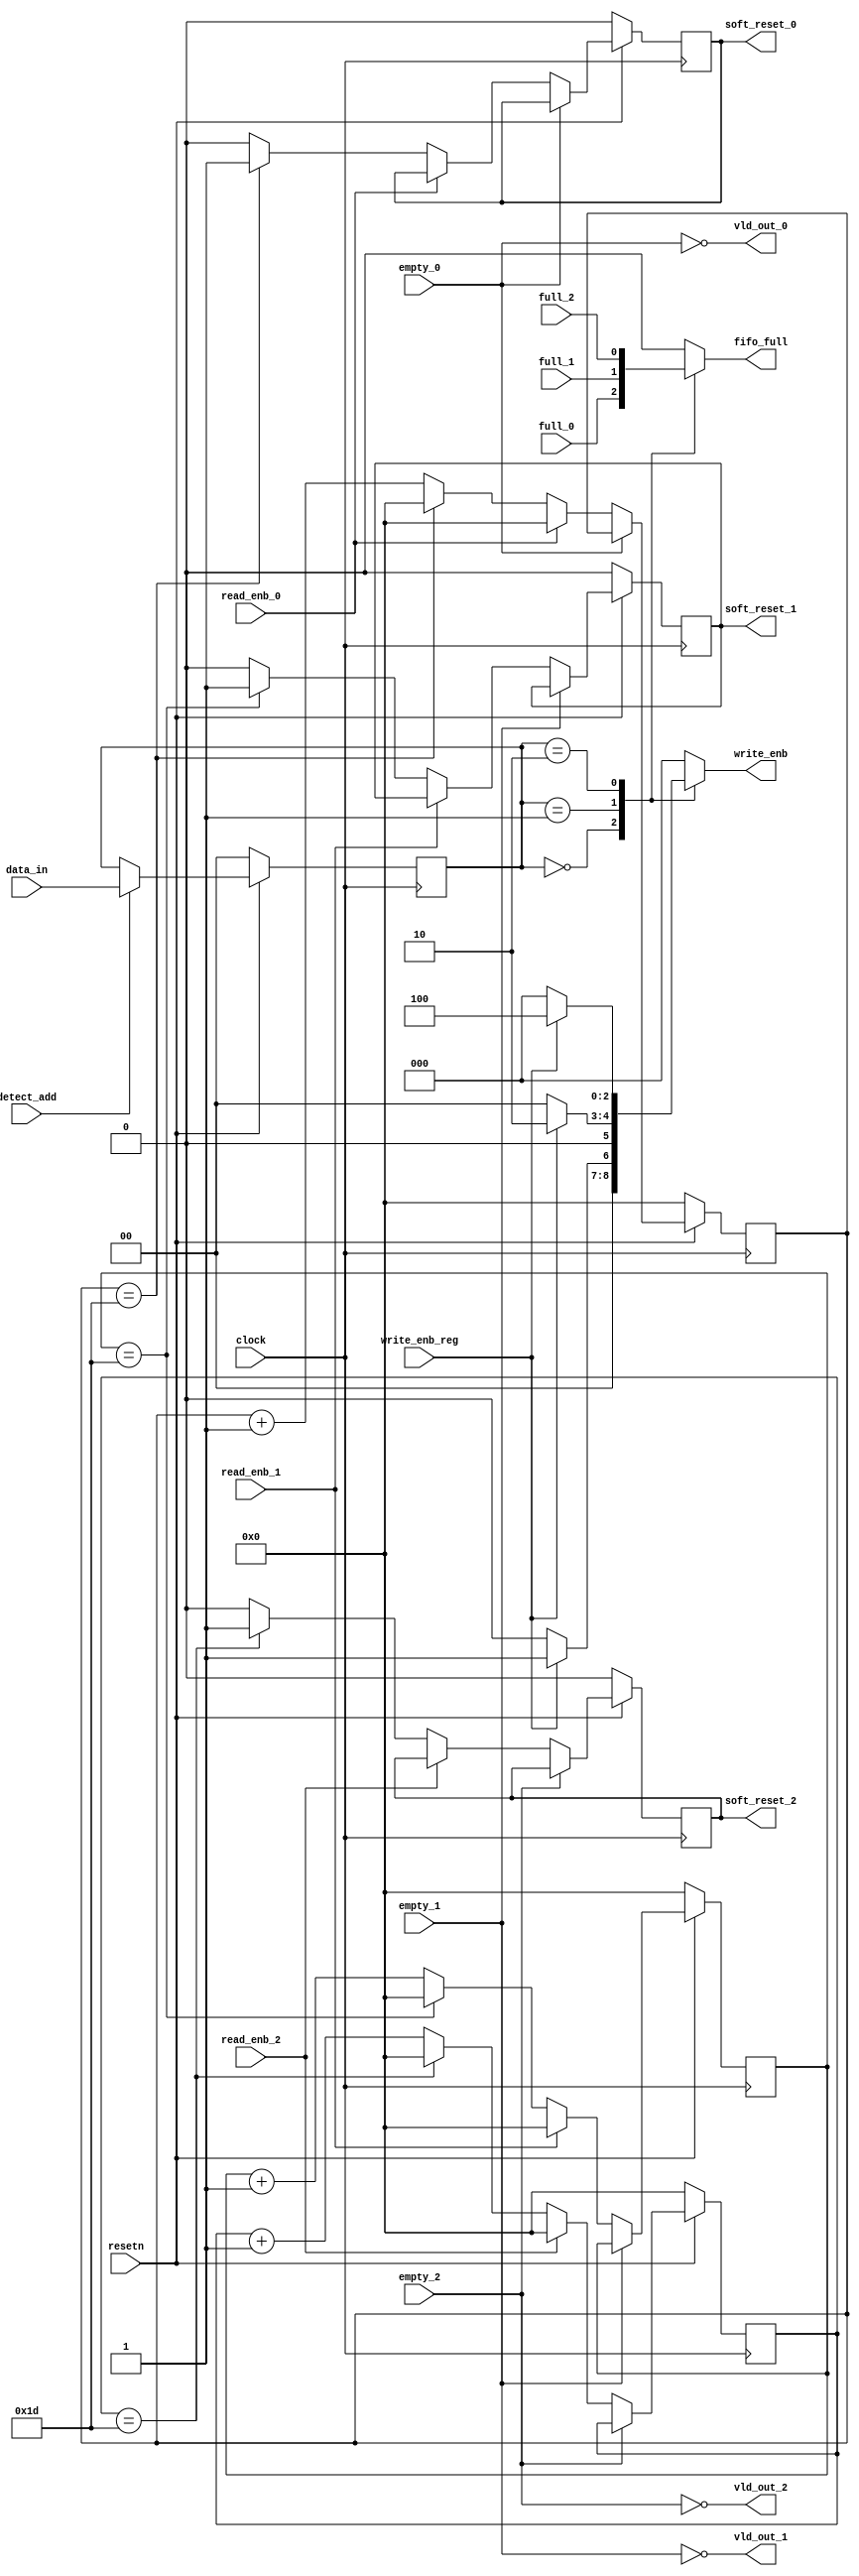
//-------------------------------------Synchronizer------------------------------------

module router_sync(clock,resetn,data_in,detect_add,full_0,full_1,full_2,empty_0,empty_1,empty_2,write_enb_reg,read_enb_0,read_enb_1,read_enb_2,write_enb,fifo_full,vld_out_0,vld_out_1,vld_out_2,soft_reset_0,soft_reset_1,soft_reset_2);

//-----------------------------------Port Declarations---------------------------------

input clock,resetn,detect_add,full_0,full_1,full_2,empty_0,empty_1,empty_2,write_enb_reg,read_enb_0,read_enb_1,read_enb_2;
input [1:0]data_in;
output reg[2:0]write_enb;
output reg fifo_full,soft_reset_0,soft_reset_1,soft_reset_2;
output vld_out_0,vld_out_1,vld_out_2;
reg [1:0]data_in_tmp;
reg[4:0]count0,count1,count2;

//------------------------------------Address Enable Block-----------------------------

always@(posedge clock)
  begin
    if(~resetn)
    data_in_tmp<=0;
    else if(detect_add)
    data_in_tmp<=data_in;
  end

//----------------------------------Write Enable/FSM Fifo full-------------------------

always@(*)
  begin
    case(data_in_tmp)
    2'b00:begin
	  fifo_full<=full_0;
	  if(write_enb_reg)
	  write_enb<=3'b001;
	  else
	  write_enb<=0;
	  end
    2'b01:begin
	  fifo_full<=full_1;
	  if(write_enb_reg)
	  write_enb<=3'b010;
	  else
	  write_enb<=0;
	  end
    2'b10:begin
	  fifo_full<=full_2;
	  if(write_enb_reg)
	  write_enb<=3'b100;
	  else
	  write_enb<=0;
	  end
    default:begin
	  fifo_full<=0;
	  write_enb<=0;
	  end
    endcase
  end

//-----------------------------------Valid Byte Logic----------------------------------

assign vld_out_0 = (~empty_0);
assign vld_out_1 = (~empty_1);
assign vld_out_2 = (~empty_2);

//-----------------------------------Soft Reset Logic----------------------------------

always@(posedge clock)
  begin
  
  if(~resetn)
  begin
  count0<=0;
  soft_reset_0<=0;
  end

  else if(vld_out_0)
  begin
  if(~read_enb_0)
   
    begin
    if(count0==29)
      begin
      soft_reset_0<=1'b1;
      count0<=0;
      end
    else
      begin
      soft_reset_0<=1'b0;
      count0<=count0+1'b1;
      end
    end
  else
  count0<=0;
  end
  end

always@(posedge clock)
  begin
  
  if(~resetn)
  begin
  count1<=0;
  soft_reset_1<=0;
  end

  else if(vld_out_1)
  begin
  if(~read_enb_1)
   
    begin
    if(count1==29)
      begin
      soft_reset_1<=1'b1;
      count1<=0;
      end
    else
      begin
      soft_reset_1<=1'b0;
      count1<=count1+1'b1;
      end
    end
  else
  count1<=0;
  end
  end

always@(posedge clock)
  begin
  
  if(~resetn)
  begin
  count2<=0;
  soft_reset_2<=0;
  end

  else if(vld_out_2)
  begin
  if(~read_enb_2)
   
    begin
    if(count2==29)
      begin
      soft_reset_2<=1'b1;
      count2<=0;
      end
    else
      begin
      soft_reset_2<=1'b0;
      count2<=count2+1'b1;
      end
    end
  else
  count2<=0;
  end
  end

endmodule